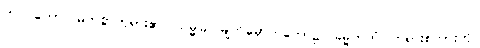
ဘဂဝတော၊ မြတ်စွာဘုရား၏။ သမ္မုခါ၊ မျက်မှောက်တော်၌။ ဓမ္မိကတံ၊ တရားစကားကို။